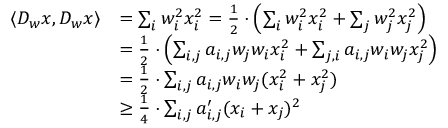
\begin{array} { r l } { \langle D _ { w } x , D _ { w } x \rangle } & { = \sum _ { i } w _ { i } ^ { 2 } x _ { i } ^ { 2 } = \frac { 1 } { 2 } \cdot \left( \sum _ { i } w _ { i } ^ { 2 } x _ { i } ^ { 2 } + \sum _ { j } w _ { j } ^ { 2 } x _ { j } ^ { 2 } \right) } \\ & { = \frac { 1 } { 2 } \cdot \left( \sum _ { i , j } a _ { i , j } w _ { j } w _ { i } x _ { i } ^ { 2 } + \sum _ { j , i } a _ { i , j } w _ { i } w _ { j } x _ { j } ^ { 2 } \right) } \\ & { = \frac { 1 } { 2 } \cdot \sum _ { i , j } a _ { i , j } w _ { i } w _ { j } ( x _ { i } ^ { 2 } + x _ { j } ^ { 2 } ) } \\ & { \geq \frac { 1 } { 4 } \cdot \sum _ { i , j } a _ { i , j } ^ { \prime } ( x _ { i } + x _ { j } ) ^ { 2 } } \end{array}